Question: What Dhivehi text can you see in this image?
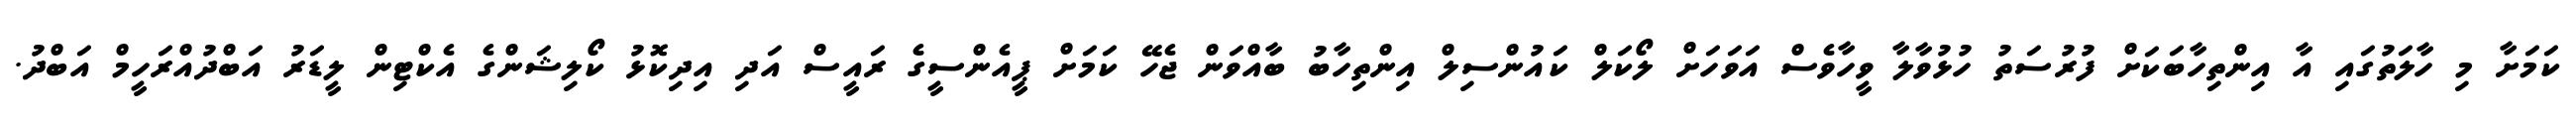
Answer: ކަމަށާ މި ހާލަތުގައި އާ އިންތިހާބަކަށް ފުރުސަތު ހުޅުވާލާ ވީހާވެސް އަވަހަށް ލޯކަލް ކައުންސިލް އިންތިހާބު ބާއްވަން ޖެހޭ ކަމަށް ޕީއެންސީގެ ރައީސް އަދި އިދިކޮޅު ކޯލިޝަންގެ އެކްޓިން ލީޑަރު އަބްދުއްރަހީމް އަބްދު.